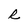
Character: R